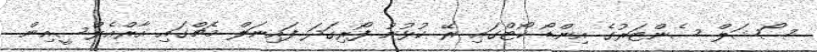
ސޯޝަލް ސެންޓަރުގެ އިންޑޯ ކޯޓްގައި ރޭ ކުޅުނު ފޯރިގަދަ ފައިނަލް މެޗްގައި އާރްއެލްސީއިން